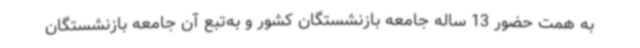
به همت حضور 13 ساله جامعه بازنشستگان کشور و به‌تبع آن جامعه بازنشستگان